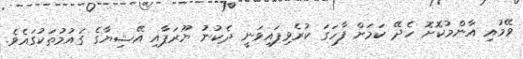
ވޭމުއި އާންމުކޮށޮ ހެދޭ ކަމަށް ފާހަގަ ކުރެވިފައިވަނީ ދެކުނު ޔޫރަޕާއި އޭޝިޔާގެ ގައުމުތަކުގައެވެ.